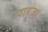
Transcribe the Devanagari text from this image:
पाहूजा